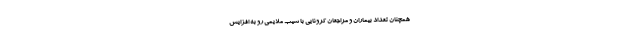
همچنان تعداد بیماران و مراجعان کرونایی با شیب ملایمی رو به افزایش